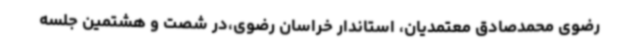
رضوی محمدصادق معتمدیان، استاندار خراسان رضوی،در شصت و هشتمین جلسه